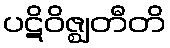
ပဋိဝိဇ္ဈတီတိ